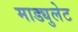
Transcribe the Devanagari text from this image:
माड्युलेट